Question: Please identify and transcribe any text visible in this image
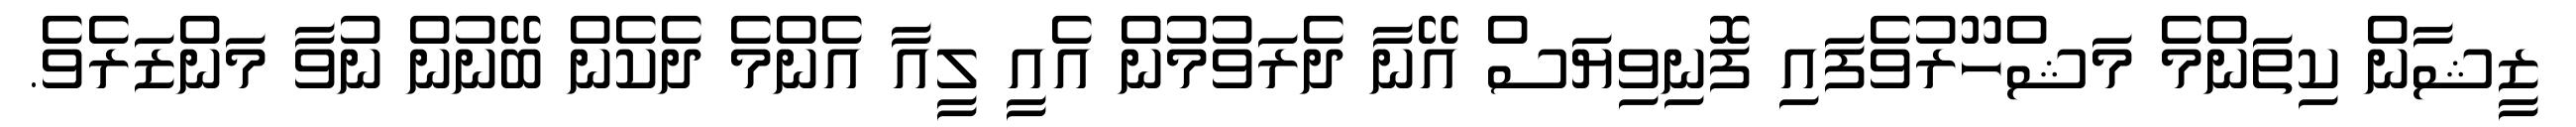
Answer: ޒީޝާން ކިތަންމެ މަޝްހޫރުވެފައި ފޮނިވިޔަސް އޭނާ ދެރަވުމުން އެއީ ލީއާ އެންމެ ދެކެން ބޭނުން ނުވާ މަންޒަރެވެ.